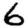
Digit: 6